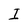
Character: I